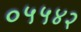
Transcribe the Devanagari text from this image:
०५५४२